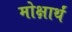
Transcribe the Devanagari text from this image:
मोक्षार्थं